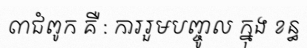
៣ជំពូក គឺ : ការរួមបញ្ចូល ក្នុង ខន្ធ